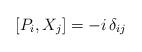
LaTeX: \begin{align*} [P_i, X_j] = -i \, \delta_{ij}\end{align*}